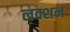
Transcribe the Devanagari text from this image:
लक्शन